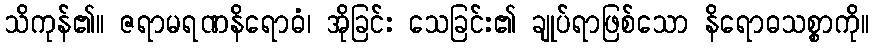
သိကုန်၏။ ဇရာမရဏနိရောဓံ၊ အိုခြင်း သေခြင်း၏ ချုပ်ရာဖြစ်သော နိရောဓသစ္စာကို။